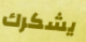
يشكرك